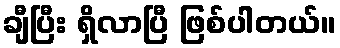
ချီပြီး ရှိလာပြီ ဖြစ်ပါတယ်။